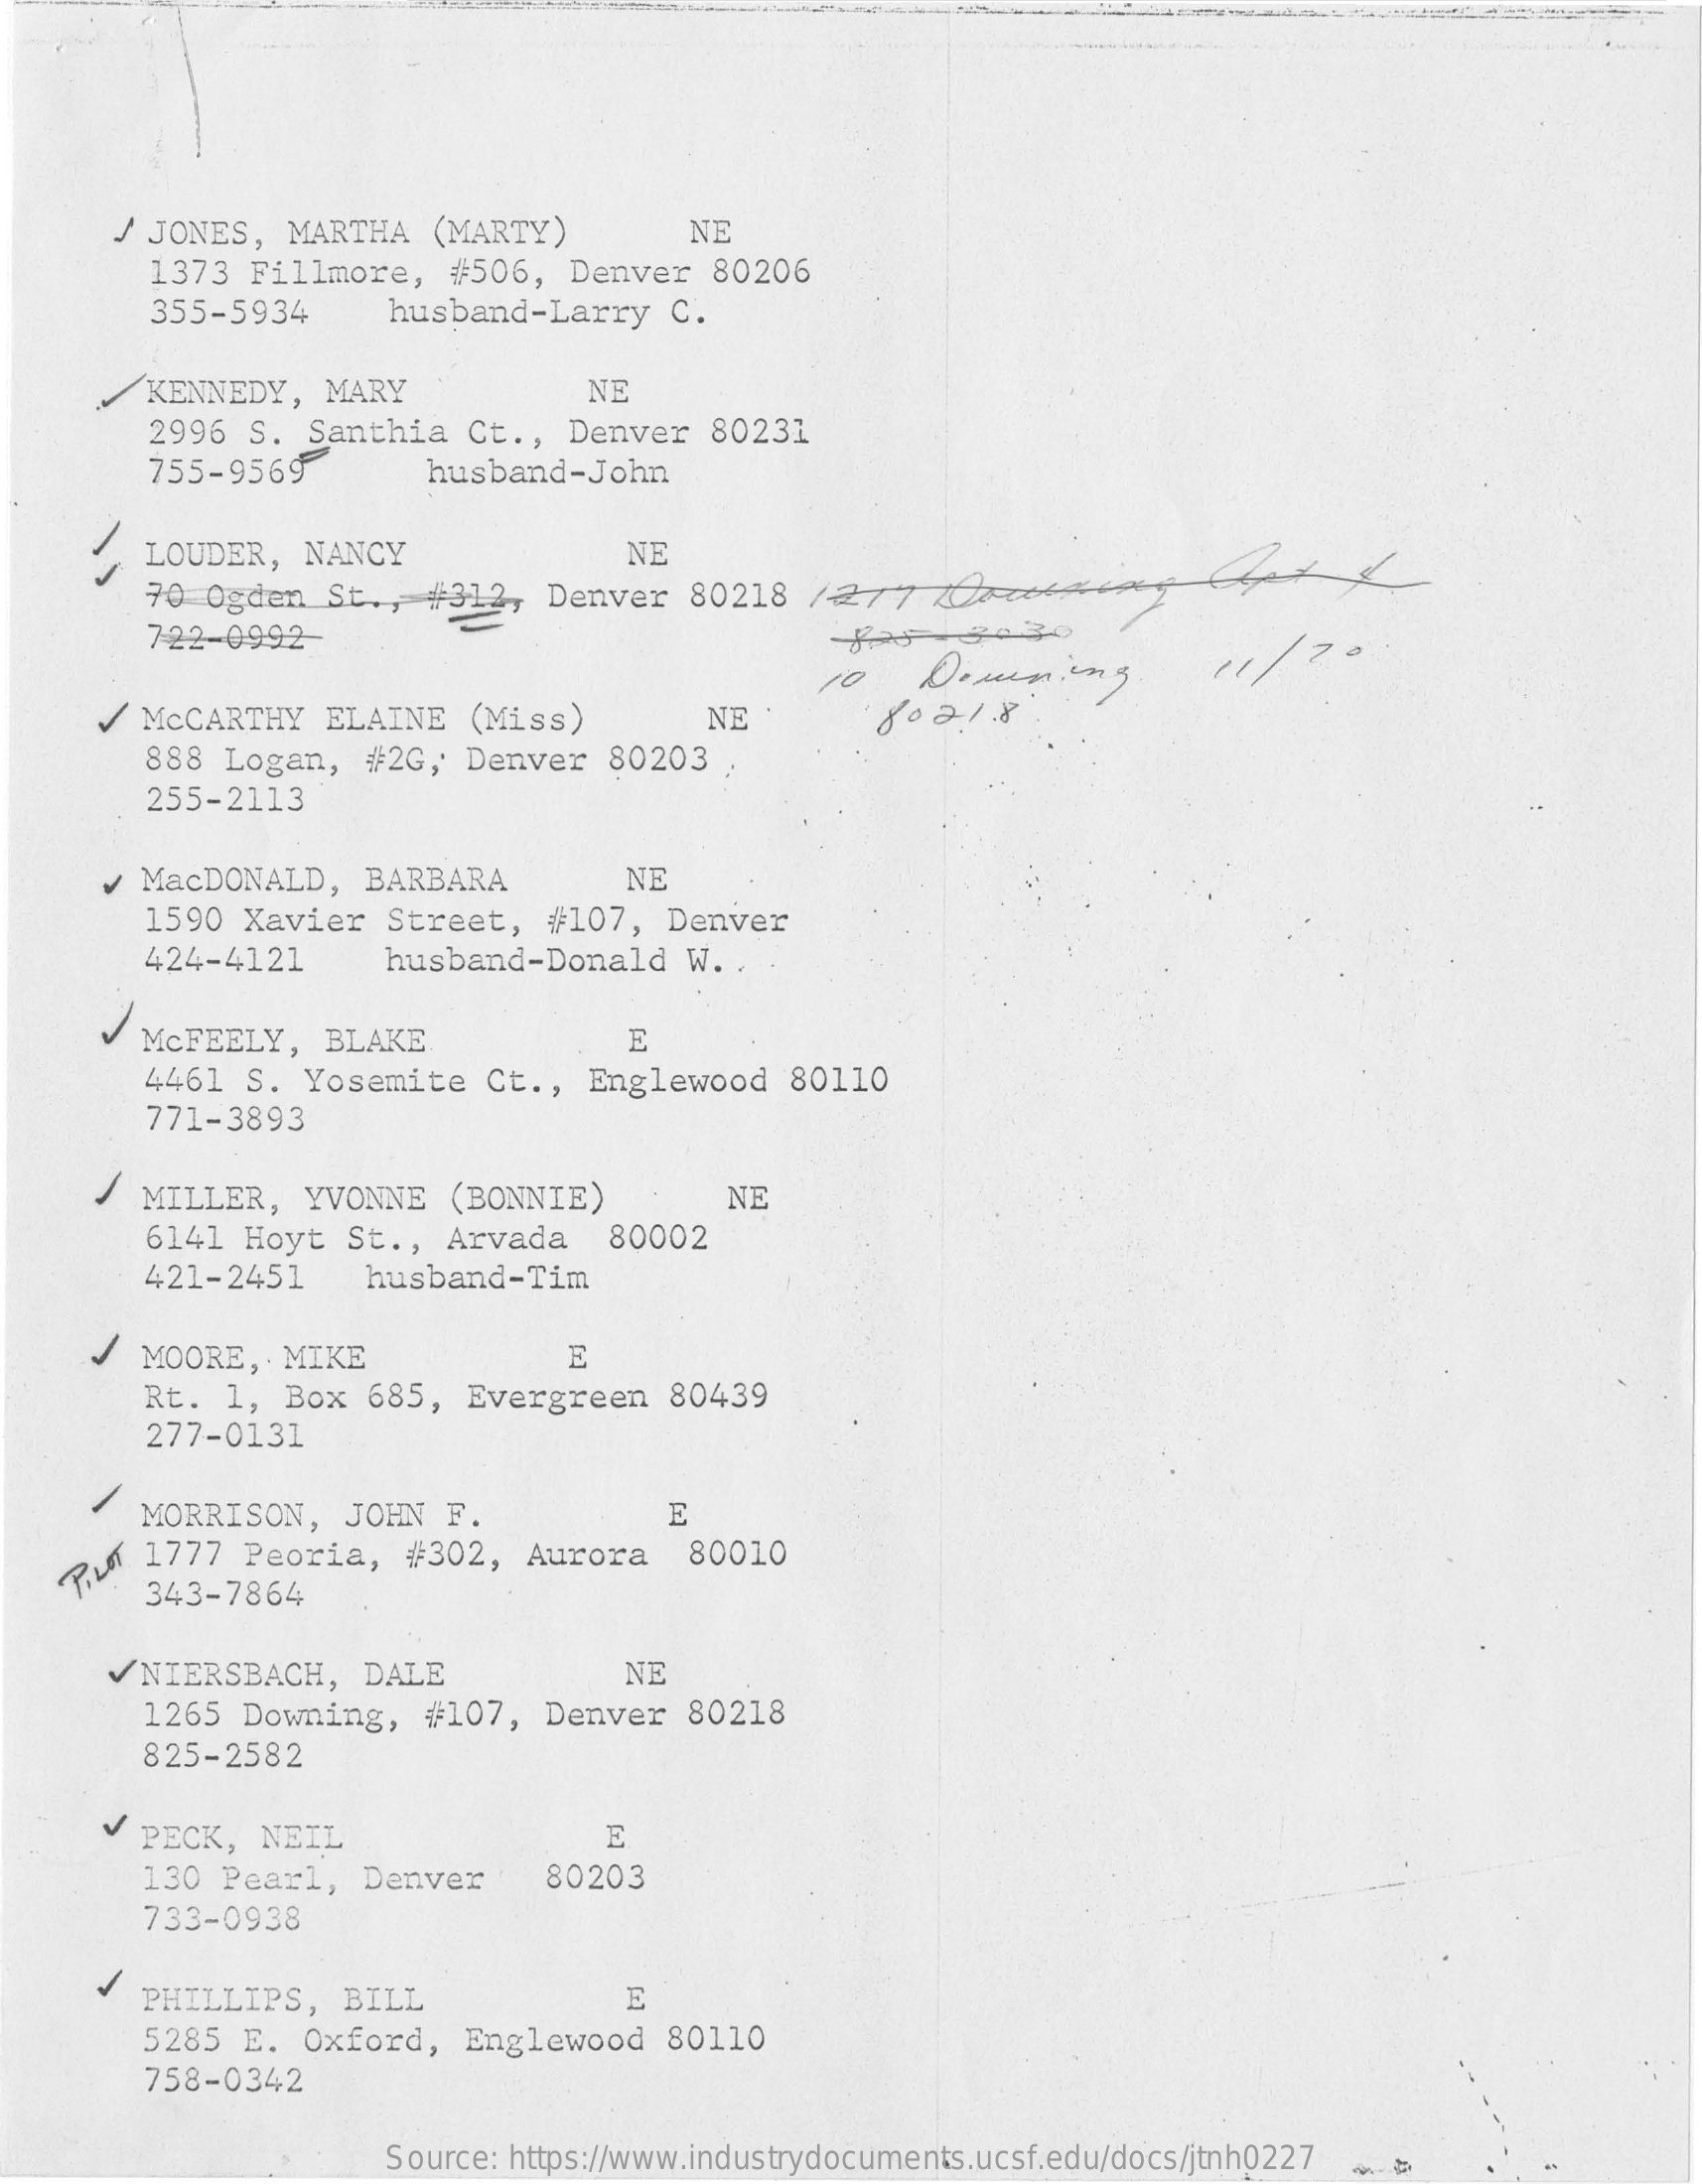
/ JONES,   MARTHA   (MARTY)    NE
     1373   Fillmore,   #506,   Denver   80206
     355-5934    husband-Larry    C.
     KENNEDY,   MARY    NE
     2996  S.  Santhia   Ct .,  Denver   80231
     755-9569    husband-John
     LOUDER,   NANCY
     70  Ogden   St ., #312,   Denver  80218   /277    10zes-    CSK
     NE
     722-0992-
     10   Downing    11/70
     / MCCARTHY    ELAINE   (Miss)    NE
     888  Logan,   #2G,  Denver   80203
     802.1.8    .
     255-2113
     ¥  MacDONALD,    BARBARA    NE
     1590  Xavier   Street,    #107,  Denver
     424-4121    husband-Donald    W.  .
     McFEELY,   BLAKE    E
     4461  S.  Yosemite   Ct  ., Englewood    80110
     771-3893
     /  MILLER,   YVONNE   (BONNIE)    NE
     6141  Hoyt   St ., Arvada    80002
     421-2451    husband-Tim
     /  MOORE,  . MIKE    E
     Rt.  1,  Box  685,  Evergreen    80439
     277-0131
     MORRISON,    JOHN  F.    E
    2.   1777  Peoria,   #302,   Aurora    80010
     343-7864
     V NIERSBACH,    DALE    NE
     1265  Downing,    #107,   Denver  80218
     825-2582
     V PECK,  NEIL    E
     130  Pearl,   Denver    80203
     733-0938
     PHILLIPS,    BILL    E
     5285  E.  Oxford,   Englewood    80110
     758-0342
     Source: https://www.industrydocuments.ucsf.edu/docs/jtnh0227